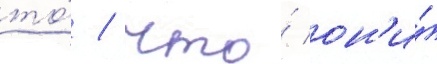
то́ / что́ он'и́